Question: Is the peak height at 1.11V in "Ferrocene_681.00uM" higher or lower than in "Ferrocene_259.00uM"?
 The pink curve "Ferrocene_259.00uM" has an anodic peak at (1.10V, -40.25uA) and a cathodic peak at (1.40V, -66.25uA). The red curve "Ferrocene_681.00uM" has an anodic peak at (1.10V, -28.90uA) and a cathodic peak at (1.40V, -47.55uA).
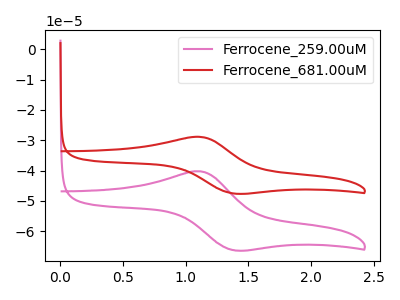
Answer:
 <answer>The peak at 1.11V is higher in "Ferrocene_681.00uM" than in "Ferrocene_259.00uM".</answer>
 <eval>higher</eval>